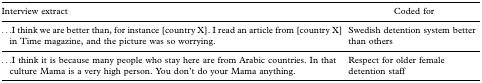
<table><thead><tr><td><b>Interview extract</b></td><td><b>Coded for</b></td></tr></thead><tbody><tr><td>...I think we are better than, for instance [country X]. I read an article from [country X] in Time magazine, and the picture was so worrying.</td><td>Swedish detention system better than others</td></tr><tr><td>...I think it is because many people who stay here are from Arabic countries. In that culture Mama is a very high person. You don&#x27;t do your Mama anything.</td><td>Respect for older female detention staff</td></tr></tbody></table>